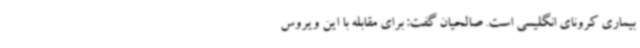
بیماری کرونای انگلیسی است. صالحیان گفت:‌ برای مقابله با این ویروس